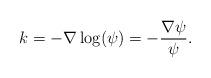
LaTeX: \begin{align*}k= -\nabla \log(\psi) = - \frac{\nabla \psi}{\psi} .\end{align*}